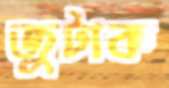
জুটাক